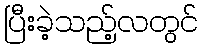
ပြီးခဲ့သည့်လတွင်